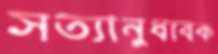
সত্যানুধাবক